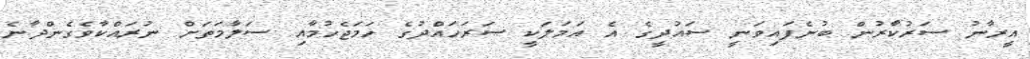
އީރާނު ސަރުކާރުން ބުނެފައިވަނީ ސައުދީގެ އެ އަމަލަކީ ސަރަހައްދުގެ ހަމަޖެހުމާއި ސަލާމަތަށް ނުރައްކާވެގެންދާނެ